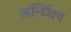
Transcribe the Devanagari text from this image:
अन्य्थिंग